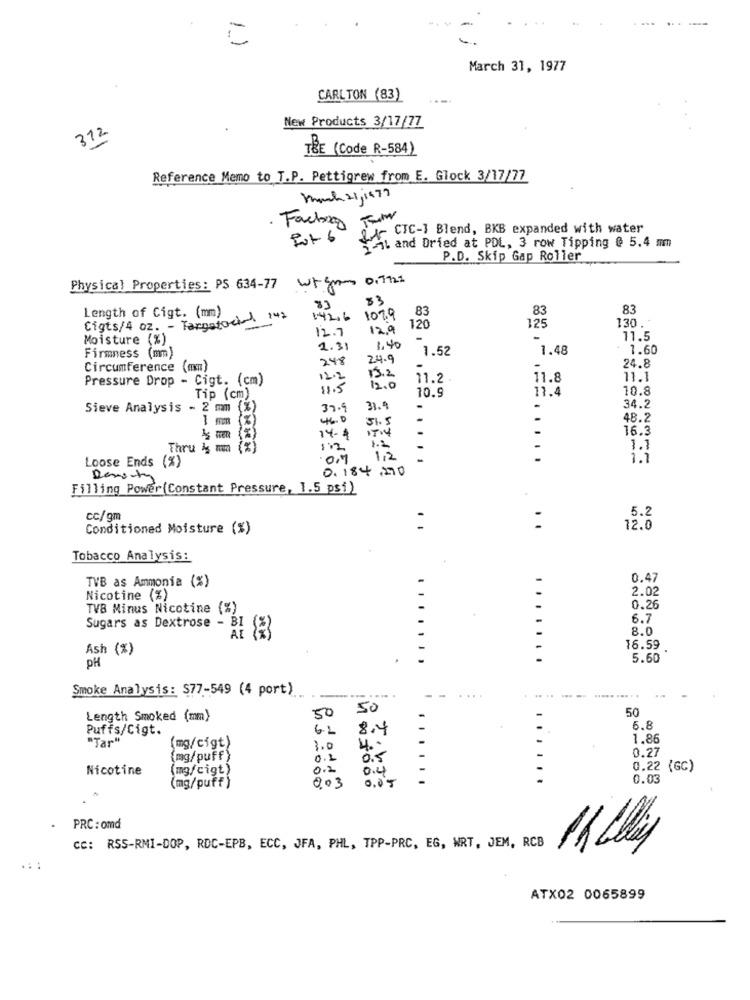
... ..
March 31, 1977
CARLTON (83)
312
New Products 3/17/77
TŘE (Code R-584)
Reference Memo to T.P. Pettigrew from E. Glock 3/17/77
Mach 21, 1477
Fachog Fr
gr, CFC-1 Blend, BKB expanded with water
Al and Dried at PDL, 3 row Tipping @ 5.4 mm
P.D. Skip Gap Roller
wigh 0.that
Physical Properties: PS 634-77
83
Length of Cigt. (mm)
83
83
83
Cigts/4 oz. - Targatocial 142
142,6 1079
125
130.
12.7
12.9
120
Moisture (%)
11.5
2.31
1.40
1.52
1.48
1.60
Firmness (mm)
248
24.9
24.8
Circumference (mm)
Pressure Drop - Cigt. (cm)
12.2
13.2
11.2
11.8
11.1
11.5
12.0
10.9
11.4
10.8
Tip (cm)
Sieve Analysis - 2 mm (%)
37.9
31.9
34.2
51. 5
48.2
14-4
16.3
Thru &g mm (%)
1:2
1.1
Loose Ends (%)
.0.7
1,2
1.1
0.184.270
Remonty
Filling Power (Constant Pressure, 1.5 psi)
5.2
cc/gm
Conditioned Moisture (%)
:
12.0
Tobacco Analysis:
TVB as Ammonia (%)
0.47
2.02
Nicotine (%)
TVB Minus Nicotine (%)
0.26
6.7
Sugars as Dextrose - BI
8.0
Ash (%)
16.59
5.60
PH
Smoke Analysis: $77-549 (4 port)
.....
-
50
50
Length Smoked (mm)
50
Puffs/Cigt.
6.2
8.4
-
6.8
"Tar"
1.86
(mg/cigt)
3.0
4 ..
(mg/puff)
0.2
0.5
0.27
Nicotine
(mg/cigt)
0.2
0.4
0.22 (GG)
003
0.05
0.03
(mg/puff)
PRC : omd
cc: RSS-RMI-DOP, RDC-EPB, ECC, JFA, PHL, TPP-PRC, EG, WRT, JEM, RCB
ATX02 0065899